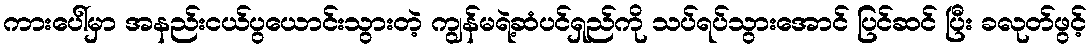
ကားပေါ်မှာ အနည်းငယ်ပွယောင်းသွားတဲ့ ကျွန်မရဲ့ဆံပင်ရှည်ကို သပ်ရပ်သွားအောင် ပြင်ဆင် ပြီး ခလုတ်ဖွင့်